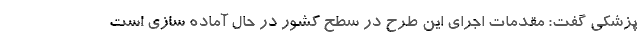
پزشکی گفت: مقدمات اجرای این طرح در سطح کشور در حال آماده سازی است